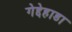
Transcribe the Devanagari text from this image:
गेद्देहाडा